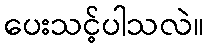
ပေးသင့်ပါသလဲ။